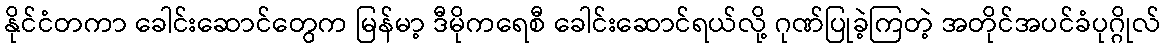
နိုင်ငံတကာ ခေါင်းဆောင်တွေက မြန်မာ့ ဒီမိုကရေစီ ခေါင်းဆောင်ရယ်လို့ ဂုဏ်ပြုခဲ့ကြတဲ့ အတိုင်အပင်ခံပုဂ္ဂိုလ်